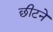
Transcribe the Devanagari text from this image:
छीटने